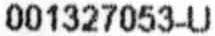
001327053-U